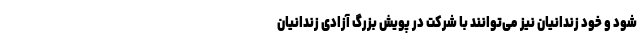
شود و خود زندانیان نیز می‌توانند با شرکت در پویش بزرگ آزادی زندانیان